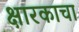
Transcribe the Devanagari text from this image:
क्षारकाचा